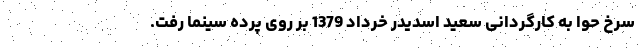
سرخ حوا به کارگردانی سعید اسدیدر خرداد 1379 بر روی پرده سینما رفت.